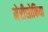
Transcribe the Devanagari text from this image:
मेरीसोफिया